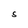
Character: S